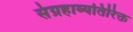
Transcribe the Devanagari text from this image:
संग्रहाव्यतिरिक्त